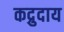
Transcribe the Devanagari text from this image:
कद्रुदाय